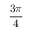
\frac { 3 \pi } { 4 }